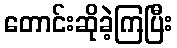
တောင်းဆိုခဲ့ကြပြီး